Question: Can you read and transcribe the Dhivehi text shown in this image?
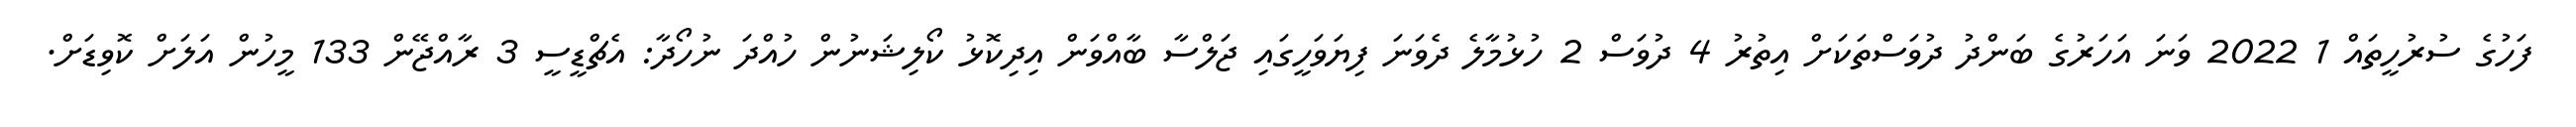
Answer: ފަހުގެ ސުރުހީތައް 1 2022 ވަނަ އަހަރުގެ ބަންދު ދުވަސްތަކަށް އިތުރު 4 ދުވަސް 2 ހުޅުމާލެ ދެވަނަ ފިޔަވަހީގައި ޖަލްސާ ބާއްވަން އިދިކޮޅު ކޯލިޝަނުން ހުއްދަ ނުހޯދާ: އެޗްޑީސީ 3 ރާއްޖޭން 133 މީހުން އަލަށް ކޮވިޑަށް.